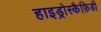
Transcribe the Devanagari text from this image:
हाइड्रोस्कैफ़िडी